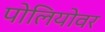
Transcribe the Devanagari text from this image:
पोलियोवर